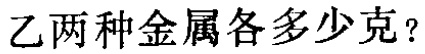
乙两种金属各多少克？